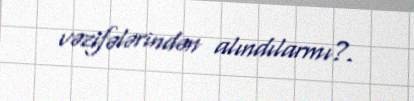
vəzifələrindən alındılarmı?.